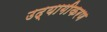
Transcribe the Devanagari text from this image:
उद्यागीकरण